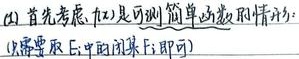
(2) 首先考虑 \(f(x)\) 是可测简单函数的情形：(只需要取 \(E\) 中的闭集 \(F\) 即可)